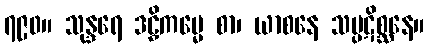
၇၉၀။ သုန္ဒရေ ဒဠှိကမ္မေ စာ၊ ယာစနေ သမ္ပဋိစ္ဆနေ။